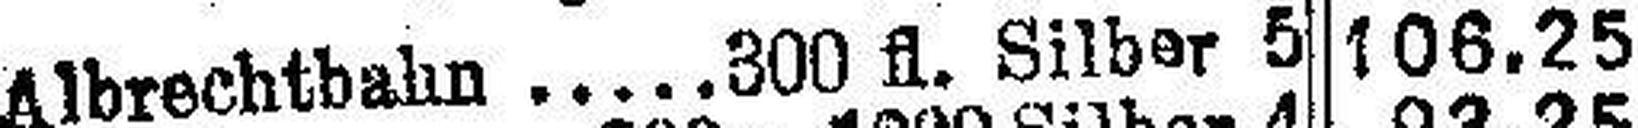
Albrechtbahn.300 fl. Silber 5